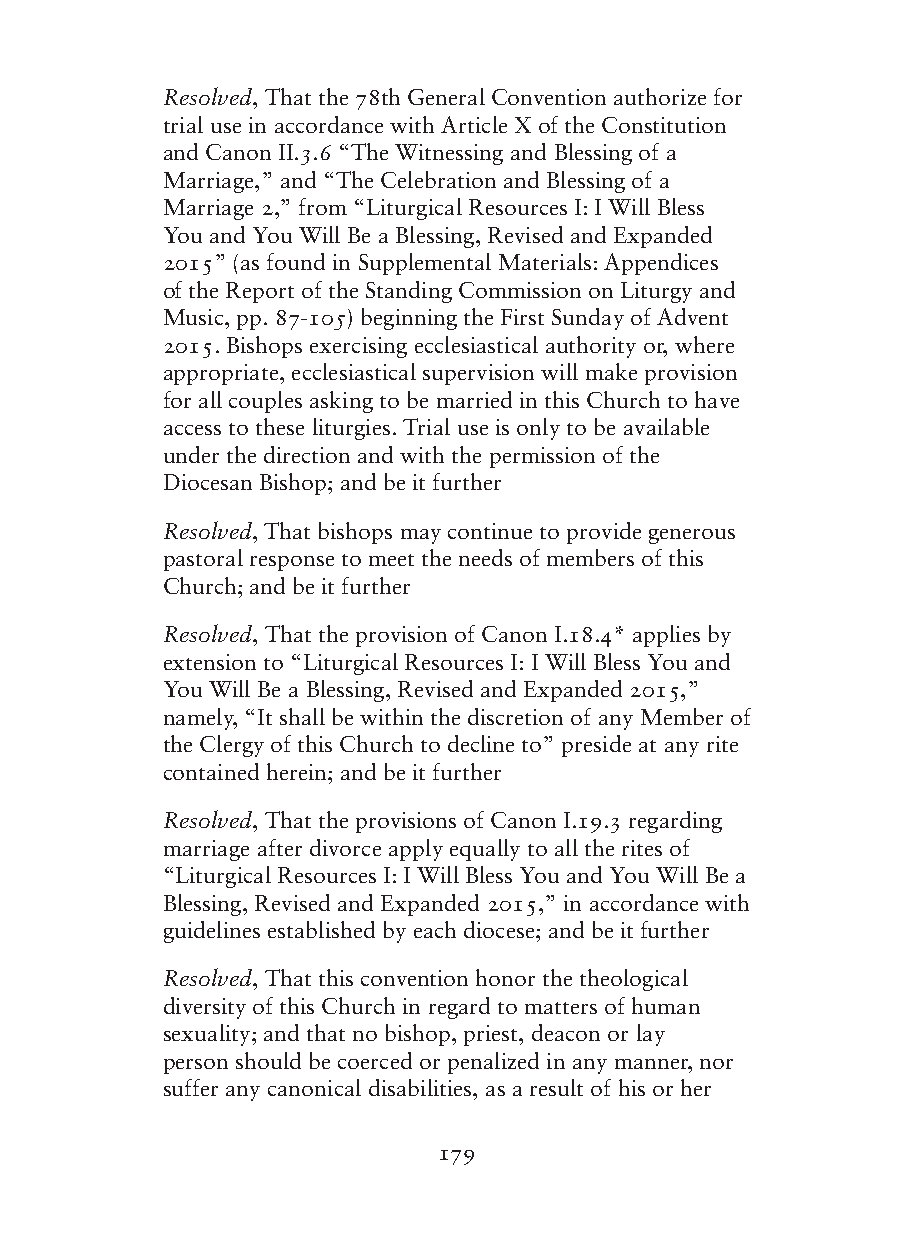
Resolved, That the 78th General Convention authorize for
 trial use in accordance with Article X of the Constitution
 and Canon II.3.6 “The Witnessing and Blessing of a
 Marriage,” and “The Celebration and Blessing of a
 Marriage 2,” from “Liturgical Resources I: I Will Bless
 You and You Will Be a Blessing, Revised and Expanded
 2015” (as found in Supplemental Materials: Appendices
 of the Report of the Standing Commission on Liturgy and
 Music, pp. 87-105) beginning the First Sunday of Advent
 2015. Bishops exercising ecclesiastical authority or, where
 appropriate, ecclesiastical supervision will make provision
 for all couples asking to be married in this Church to have
 access to these liturgies. Trial use is only to be available
 under the direction and with the permission of the
 Diocesan Bishop; and be it further
 Resolved, That bishops may continue to provide generous
 pastoral response to meet the needs of members of this
 Church; and be it further
 Resolved, That the provision of Canon I.18.4* applies by
 extension to “Liturgical Resources I: I Will Bless You and
 You Will Be a Blessing, Revised and Expanded 2015,”
 namely, “It shall be within the discretion of any Member of
 the Clergy of this Church to decline to” preside at any rite
 contained herein; and be it further
 Resolved, That the provisions of Canon I.19.3 regarding
 marriage after divorce apply equally to all the rites of
 “Liturgical Resources I: I Will Bless You and You Will Be a
 Blessing, Revised and Expanded 2015,” in accordance with
 guidelines established by each diocese; and be it further
 Resolved, That this convention honor the theological
 diversity of this Church in regard to matters of human
 sexuality; and that no bishop, priest, deacon or lay
 person should be coerced or penalized in any manner, nor
 suffer any canonical disabilities, as a result of his or her
 179